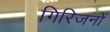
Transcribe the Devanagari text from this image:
गिरिजनों